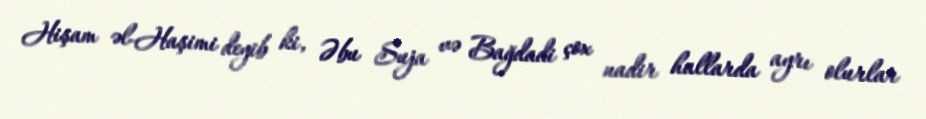
Hişam əl-Haşimi deyib ki, Əbu Suja və Bağdadi çox nadir hallarda ayrı olurlar